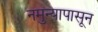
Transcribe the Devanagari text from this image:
नमुन्यापासून